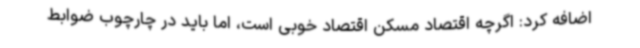
اضافه کرد: اگرچه اقتصاد مسکن اقتصاد خوبی است، اما باید در چارچوب ضوابط